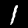
Digit: 1